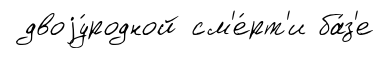
двоjу́родной см'е́рт'и ба́з'е